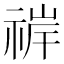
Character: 𬓀